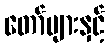
တော်များနှင့်